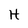
Character: H